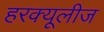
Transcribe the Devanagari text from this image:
हरक्यूलीज